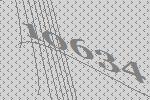
10634